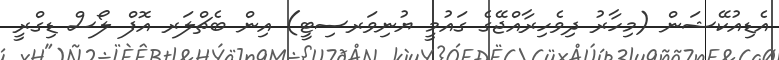
އެޑިއުކޭޝަން (މިހާރު ދިވެހިރާއްޖޭގެ ގައުމީ ޔުނިވަރސިޓީ) އިން ބެޗްލަރ އޮފް ލޯސް ޑިގްރީ